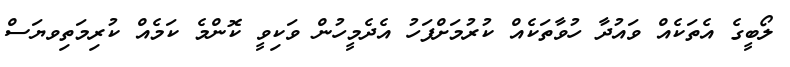
ލޯބީގެ އެތަކެއް ވައުދާ ހުވާތަކެއް ކުރުމަށްފަހު އެދެމީހުން ވަކިވީ ކޮންމެ ކަމެއް ކުރިމަތިވޔަސް